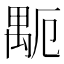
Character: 𥝂